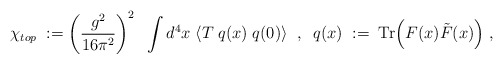
\begin{align*}\chi_{top} \; := \left( \frac{g^2}{16 \pi^2} \right)^2 \; \;\int d^4x \;\langle T \; q(x) \; q(0) \rangle \; \; , \; \;q(x) \; := \;\mbox{Tr} \Big( F(x) \tilde{F} (x)\Big) \; ,\end{align*}